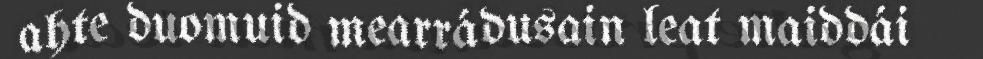
ahte duomuid mearrádusain leat maiddái